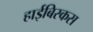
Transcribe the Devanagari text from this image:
हाईबिस्कस